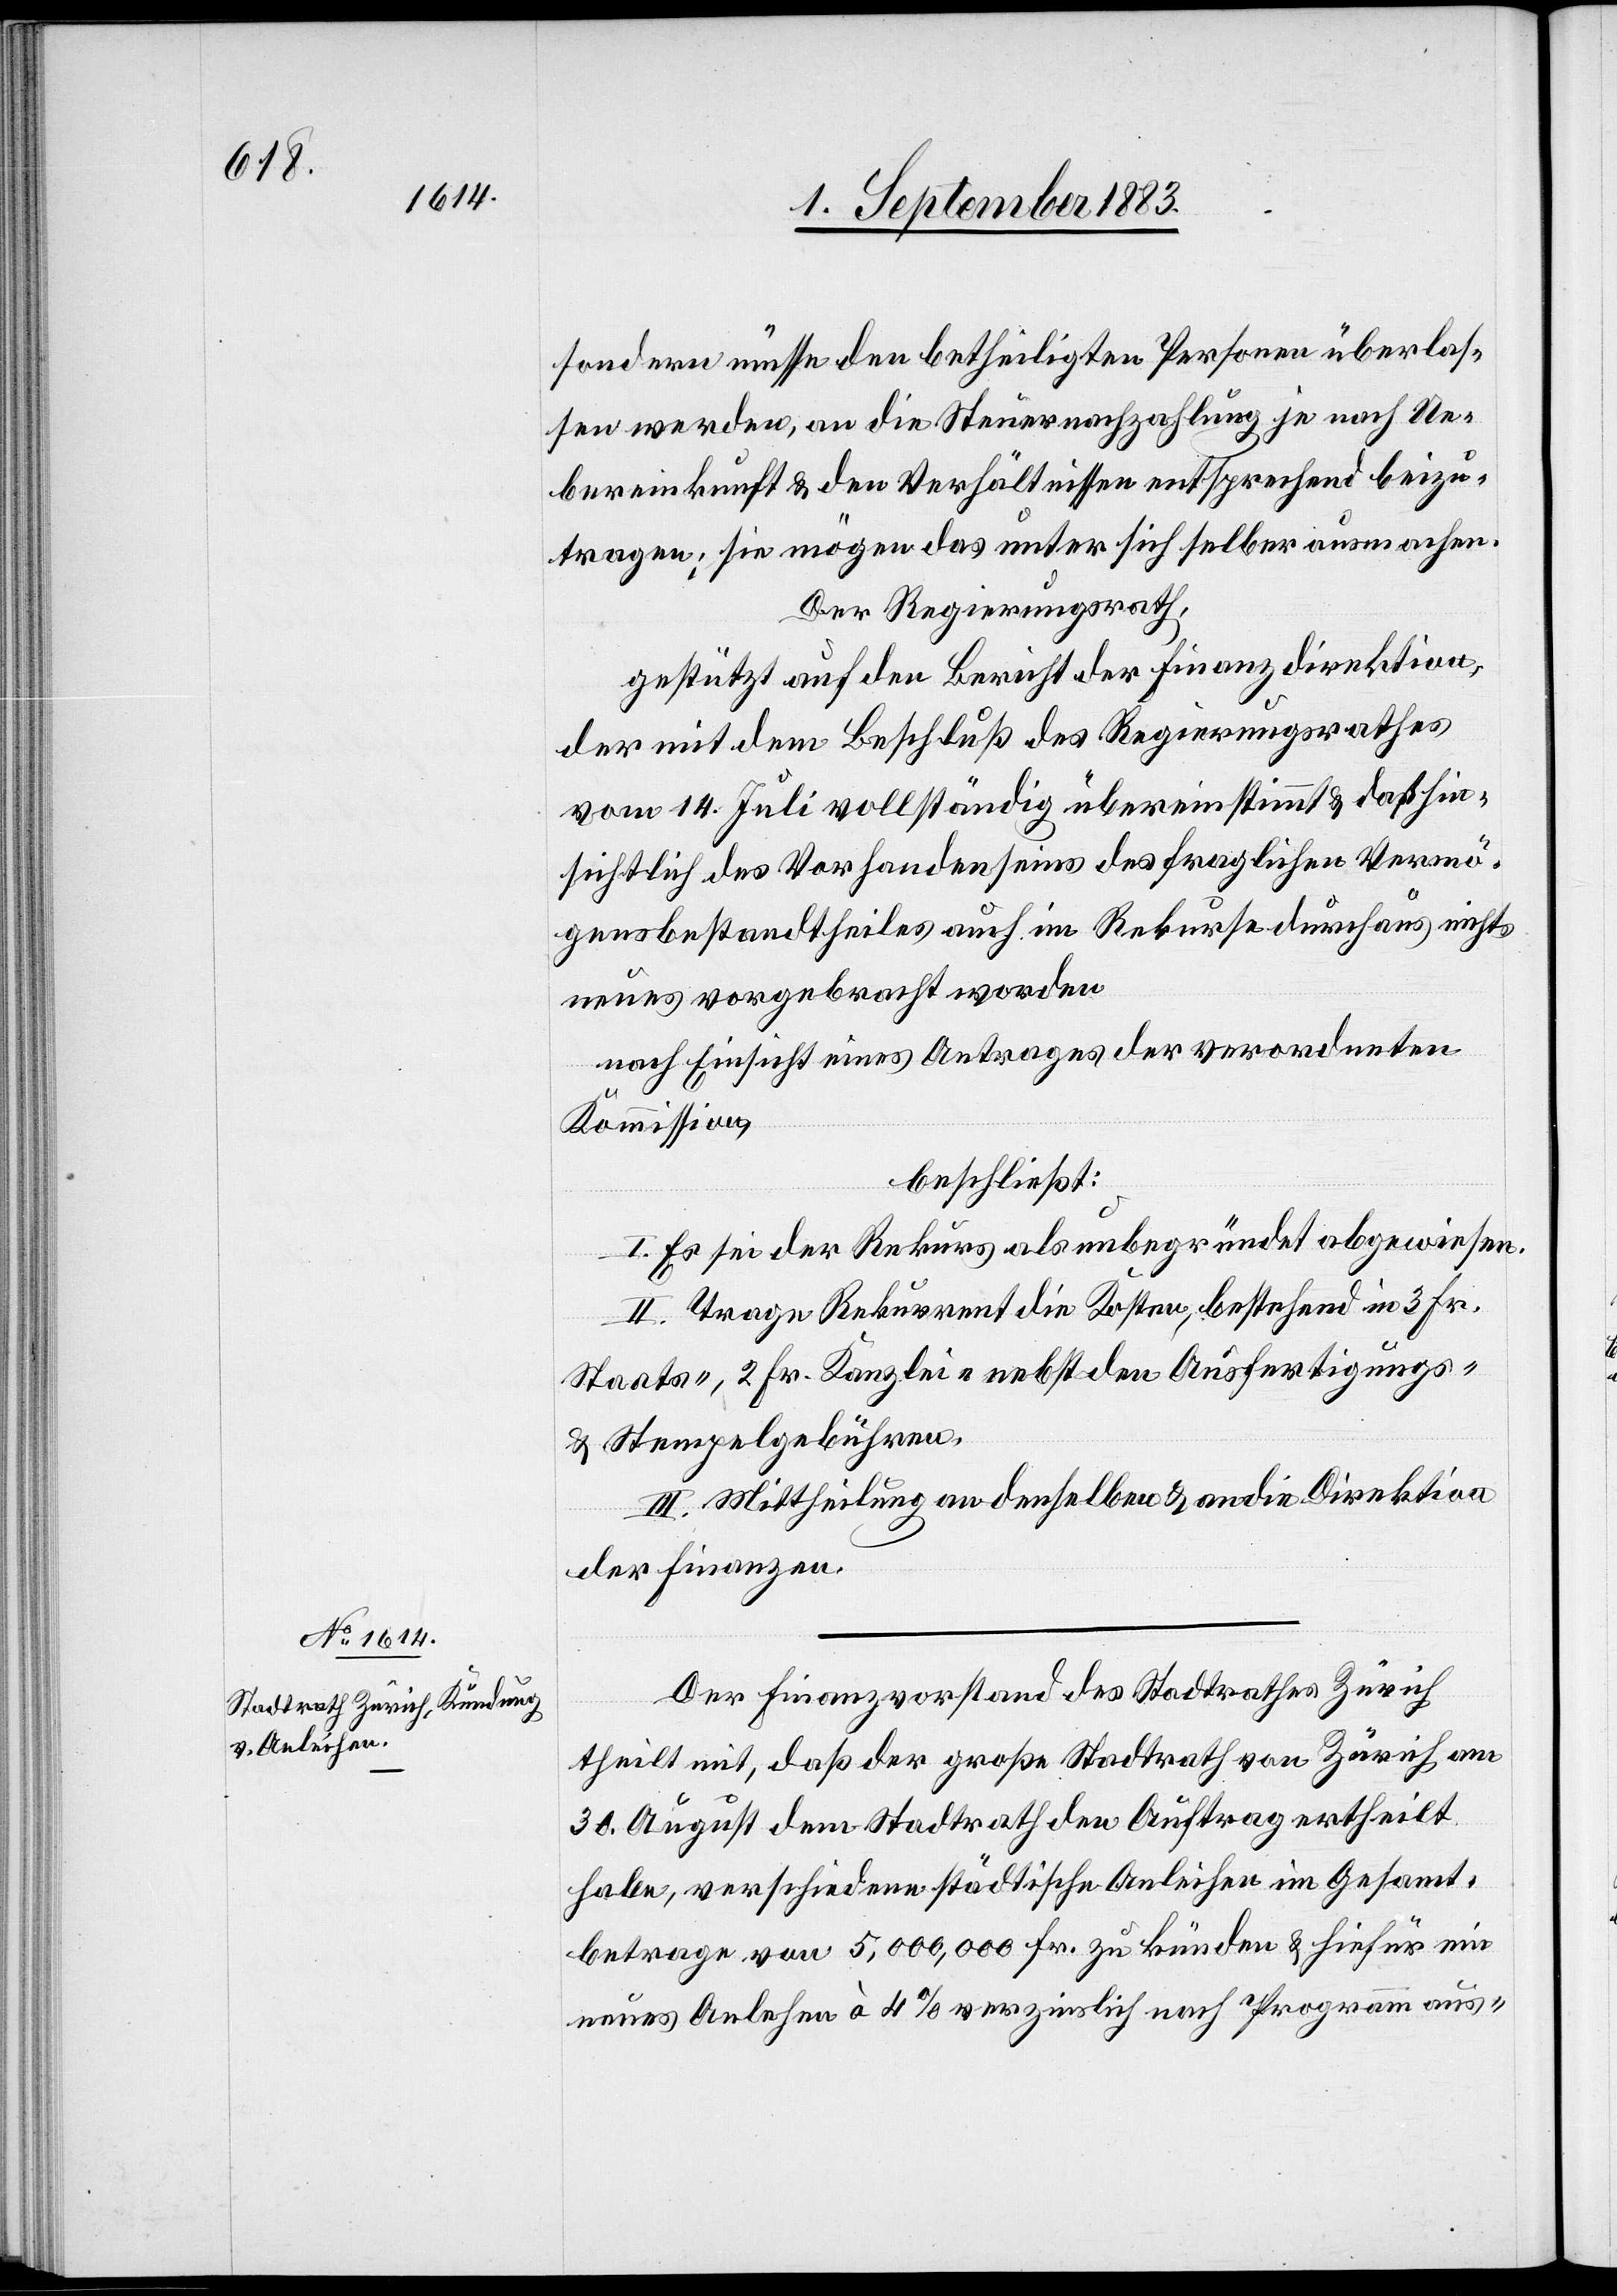
sondern müsse den betheiligten Personen überlas¬
sen werden, an die Steuernachzahlung je nach Ue¬
bereinkunft & den Verhältnissen entsprechend beizu¬
tragen; so mögen das unter sich selber ausmachen.
Der Regierungsrath,
gestützt auf den Bericht der Finanzdirektion,
der mit dem Beschluß des Regierungsrathes
vom 14. Juli vollständig übereinstimmt & daß hin¬
sichtlich des Vorhandenseins des fraglichen Vermö¬
gensbestandtheiles auch im Rekurse durchaus nichts
neues vorgebracht werde,
nach Einsicht eines Antrages der verordneten
Kommission,
beschließt:
I. Es sei der Rekurs als unbegründet abgewiesen.
II. Trage Rekurrent die Kosten, bestehend in 3 Fr.
Staats-, 2 Fr. Kanzlei- nebst den Ausfertigungs-
und Stempelgebühren.
III. Mittheilung an denselben & an die Direktion
der Finanzen.
Der Finanzvorstand des Stadtrathes Zürich
theilt mit, daß der große Stadtrath Zürich am
30. August dem Stadtrath den Auftrag ertheilt
habe, verschiedene städtische Anleihen im Gesamt¬
betrage von 5,000,000 Fr. zu künden & hiefür ein
neues Anlehen à 4% verzinslich nach Programm aus-